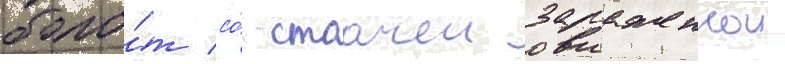
боло́т со́ стоачеи зараженнои